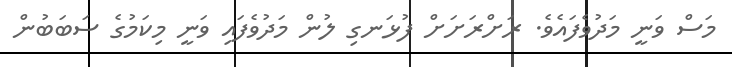
މަސް ވަނީ މަދުވެފައެވެ. ރަށްރަށަށް ފުޅަނގި ލުން މަދުވެފައި ވަނީ މިކަމުގެ ސަބަބުން